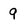
Character: 9